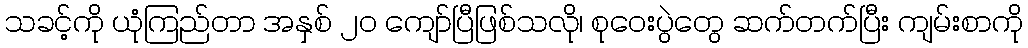
သခင့်ကို ယုံကြည်တာ အနှစ် ၂၀ ကျော်ပြီဖြစ်သလို၊ စုဝေးပွဲတွေ ဆက်တက်ပြီး ကျမ်းစာကို